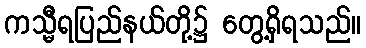
ကသ္မီရပြည်နယ်တို့၌ တွေ့ရှိရသည်။